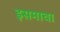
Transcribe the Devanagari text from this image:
इसमाचा